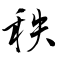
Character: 秩